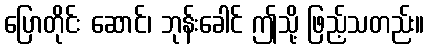
ပြောတိုင်း ဆောင်၊ ဘုန်းခေါင် ဤသို့ ဖြည့်သတည်း။